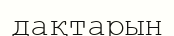
дақтарын